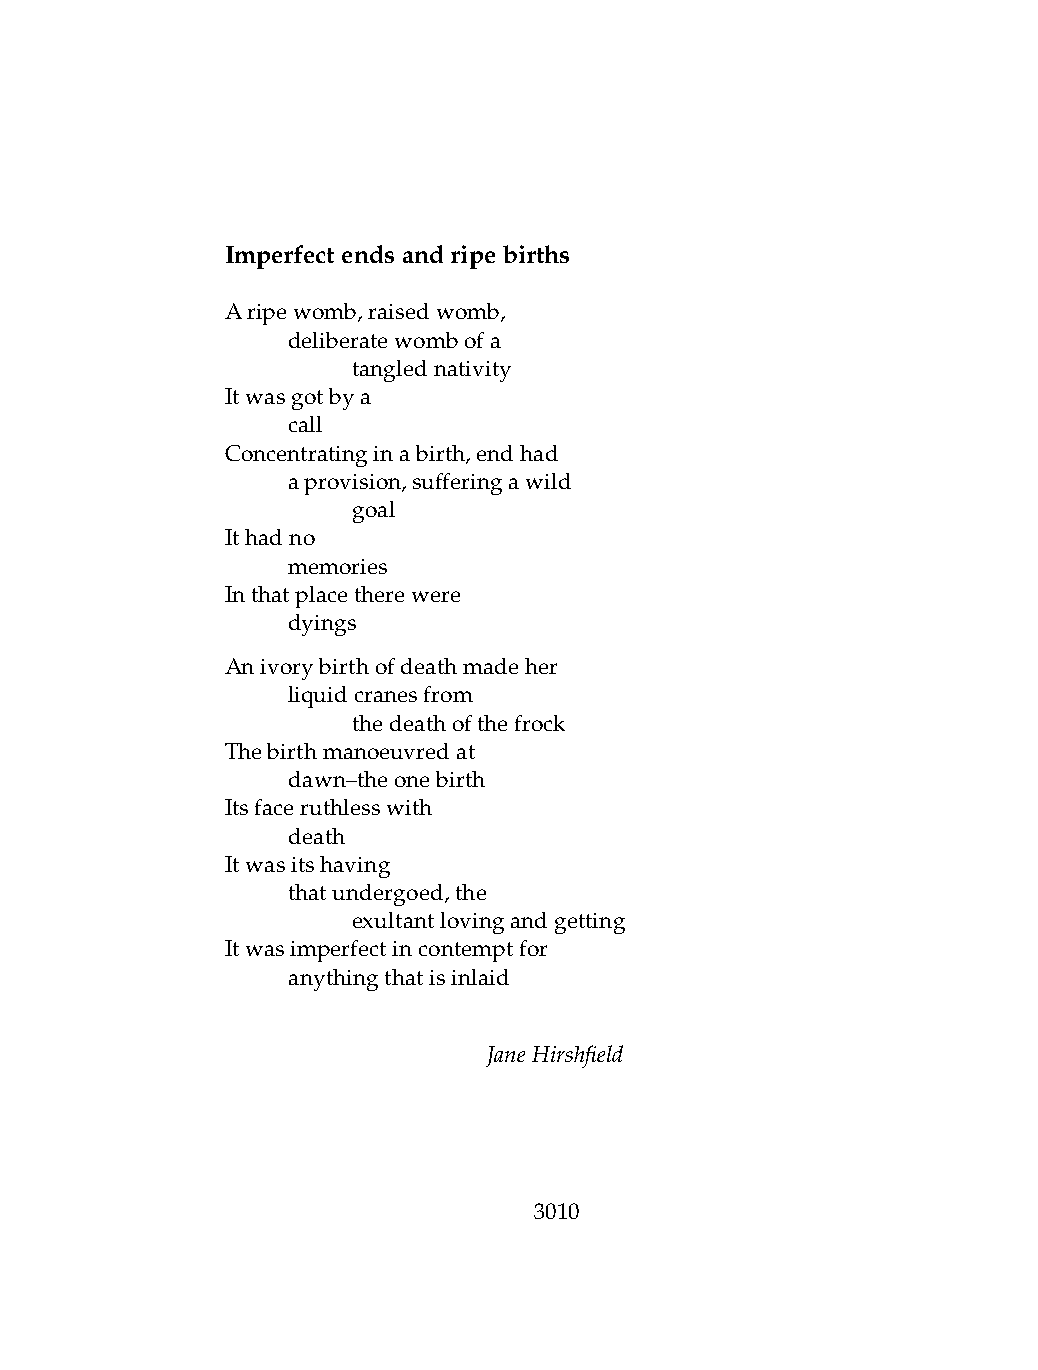
Imperfectendsandripebirths
 Aripewomb,raisedwomb,
 .   deliberatewombofa
 .   .   tanglednativity
 Itwasgotbya
 .   call
 Concentratinginabirth,endhad
 .   aprovision,sufferingawild
 .   .   goal
 Ithadno
 .   memories
 Inthatplacetherewere
 .   dyings
 Anivorybirthofdeathmadeher
 .   liquidcranesfrom
 .   .   thedeathofthefrock
 Thebirthmanoeuvredat
 .   dawn–theonebirth
 Itsfaceruthlesswith
 .   death
 Itwasitshaving
 .   thatundergoed,the
 .   .   exultantlovingandgetting
 Itwasimperfectincontemptfor
 .   anythingthatisinlaid
 JaneHirshfield
 3010